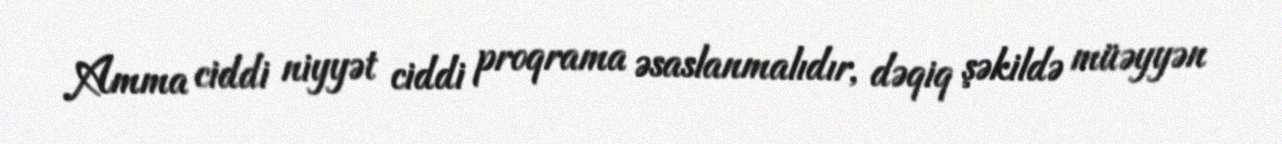
Amma ciddi niyyət ciddi proqrama əsaslanmalıdır, dəqiq şəkildə müəyyən